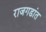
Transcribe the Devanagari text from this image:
राजगडांत